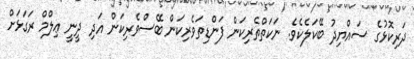
ދަރިކޮޅުގެ ސައްޔިދު ބޭކަލެކެވެ. ނަކަތްތެރިކަން ފަންޑިތަވެރިކަން ބޭސްވެރިކަން އަދި ދީނީ ޢިލްމް ރަގަޅަށް